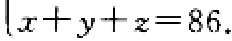
\(x + y + z = 86\)